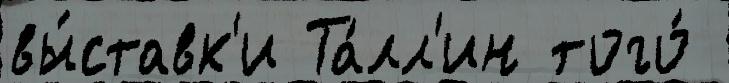
вы́ставк'и Та́лл'ин того́